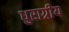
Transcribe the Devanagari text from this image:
धुराग्रीय